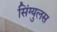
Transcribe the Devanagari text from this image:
सिंग्युलस